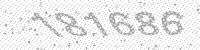
Solution: 181686